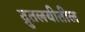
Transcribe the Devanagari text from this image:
द्रुतलयीतील